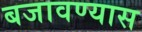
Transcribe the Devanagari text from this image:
बजावण्यास